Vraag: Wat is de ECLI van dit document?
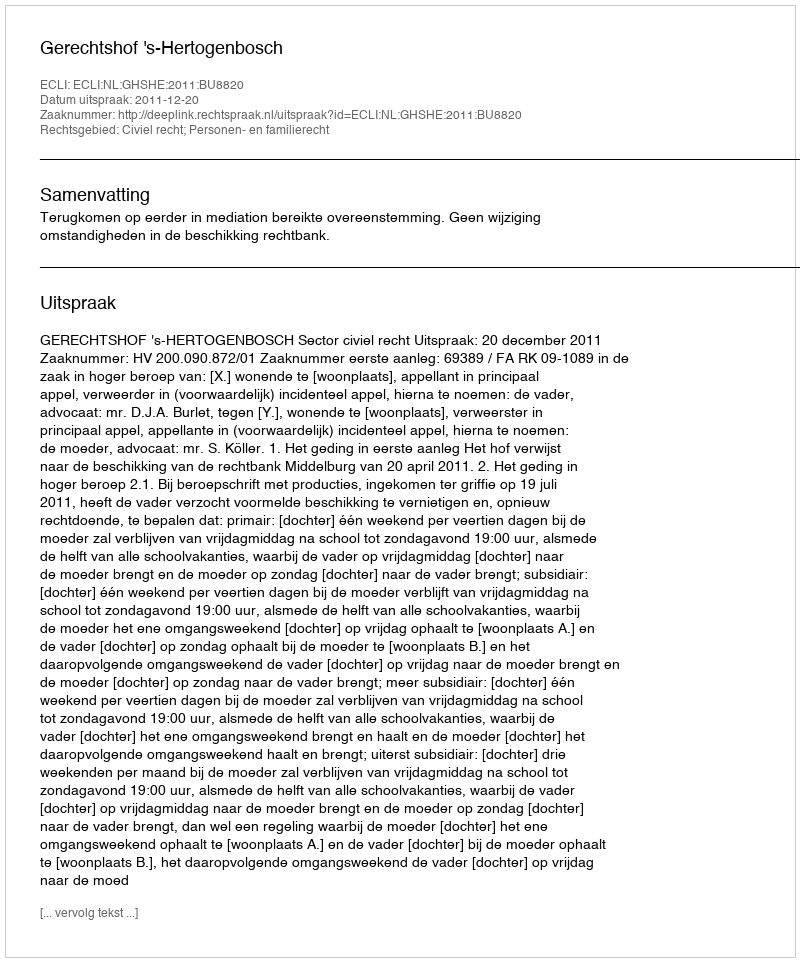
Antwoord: ECLI:NL:GHSHE:2011:BU8820